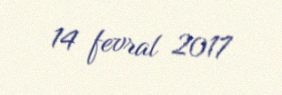
14 fevral 2017